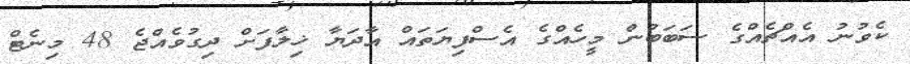
ކެވުނު އެއްޗެއްގެ ސަބަބުން މީހެއްގެ އެސްފިޔަތައް އާދަޔާ ޚިލާފަށް ދިގުވެއްޖެ 48 މިނެޓް